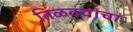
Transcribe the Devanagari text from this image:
तिळवयांचा